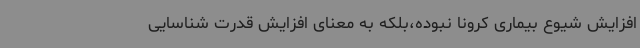
افزایش شیوع بیماری کرونا نبوده،بلکه به معنای افزایش قدرت شناسایی